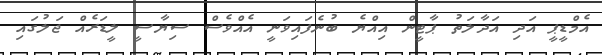
އެމްޑީޕީ އަދި އަދާލަތު ޕާޓީން އިއްޔެ ބުނެފައިވަނީ އެއްވެސް ސިޔާސީ ލީޑަރެއް ޖަލުގައި